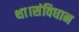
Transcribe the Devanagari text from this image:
था।संविधान